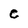
Character: C